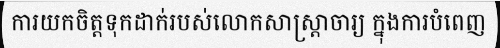
ការយកចិត្តទុកដាក់របស់លោកសាស្ត្រាចារ្យ ក្នុងការបំពេញ